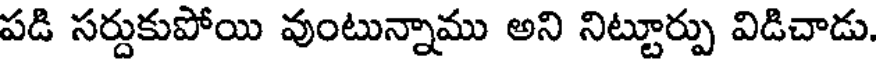
పడి సర్దుకుపోయి వుంటున్నాము అని నిట్టూర్పు విడిచాడు.